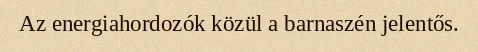
Az energiahordozók közül a barnaszén jelentős.